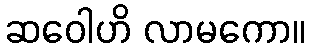
ဆဝေါဟိ လာမကော။